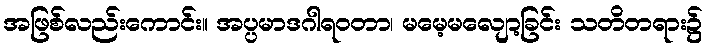
အဖြစ်လည်းကောင်း။ အပ္ပမာဒဂါရဝတာ၊ မမေ့မလျော့ခြင်း သတိတရား၌